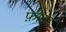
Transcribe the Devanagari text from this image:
फ़ीता